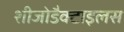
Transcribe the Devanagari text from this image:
शीजोडैक्टाइलस